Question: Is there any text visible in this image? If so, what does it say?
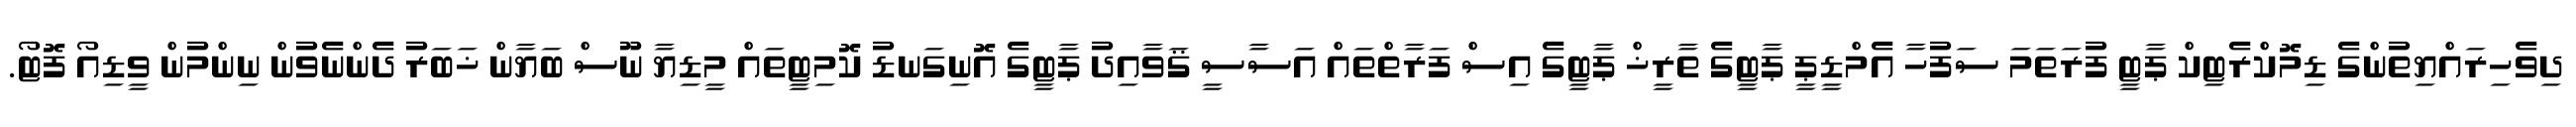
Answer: ދިވެހިރައްޔިތުންގެ ޑިމޮކްރެޓިކް ޕާޓީ ފުރަތަމަ ސަފުހާ އެމްޑީޕީ ޕާޓީގެ ތާރީޚް ޕާޓީގެ އިސް ފަރާތްތައް އަސާސީ ޤަވާއިދު ޕާޓީގެ އޮނިގަނޑު ކޮމިޓީތައް މީޑިޔާ ނޫސް ބަޔާން ޚަބަރު ދެންނެވުން ނިންމުން ވީޑިއޯ ފޮޓޯ.